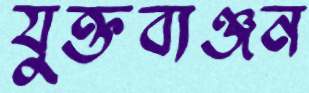
যুক্তব্যঞ্জন